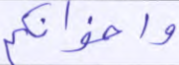
وإخوانكم